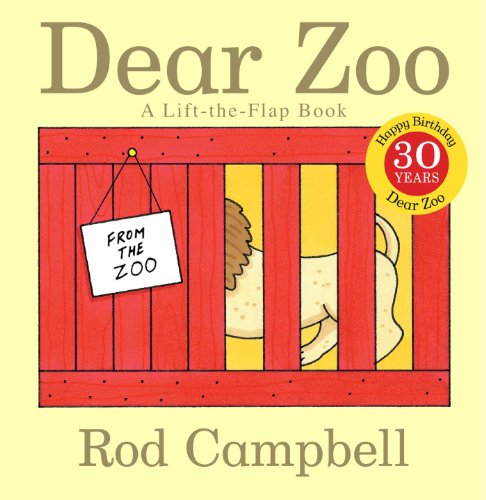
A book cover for Dear Zoo: A Lift-the-Flap Book (Dear Zoo & Friends); Rod Campbell; Children's Books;